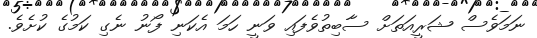
ނަމަވެސް ޝަރީއަތަށް ސާބިތުވެފައި ވަނީ ހަމަ އެކަނި ފޯނު ނެގި ކަމުގެ ކުށެވެ.